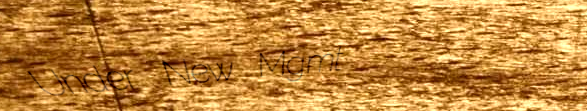
Under New Mgmt